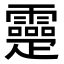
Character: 𤴤